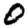
Digit: 0